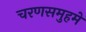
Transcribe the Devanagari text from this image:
चरणसमुहमे